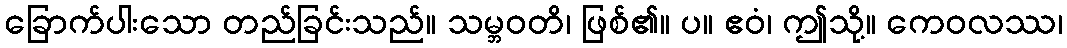
ခြောက်ပါးသော တည်ခြင်းသည်။ သမ္ဘဝတိ၊ ဖြစ်၏။ ပ။ ဧဝံ၊ ဤသို့။ ကေဝလဿ၊